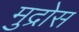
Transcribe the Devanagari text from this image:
मुद्रोस